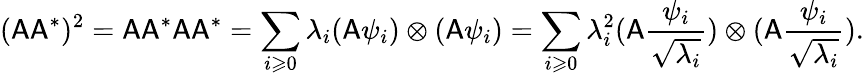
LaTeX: (\mathsf{A}\mathsf{A}^{*})^{2}=\mathsf{A}\mathsf{A}^{*}\mathsf{A}\mathsf{A}^{*}=\sum_{i\geqslant 0}\lambda_{i}(\mathsf{A}\psi_{i})\otimes(\mathsf{A}\psi_{i})=\sum_{i\geqslant 0}\lambda_{i}^{2}(\mathsf{A}\frac{\psi_{i}}{\sqrt{\lambda_{i}}})\otimes(\mathsf{A}\frac{\psi_{i}}{\sqrt{\lambda_{i}}}).